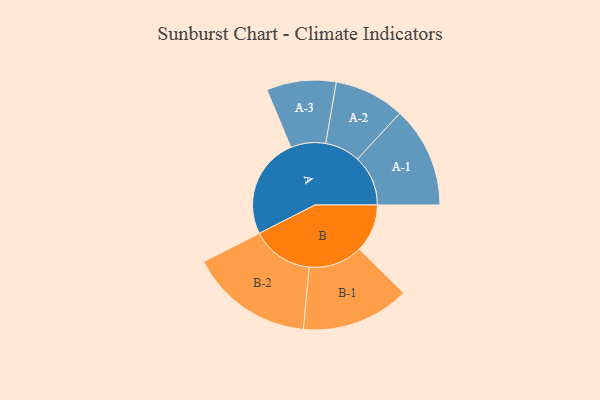
{"axis": {"x": "Segment", "y": "Value"}, "legend": ["", "A", "B"], "data": [{"x": "A", "y": 461, "type": ""}, {"x": "B", "y": 219, "type": ""}, {"x": "A-1", "y": 231, "type": "A"}, {"x": "A-2", "y": 161, "type": "A"}, {"x": "A-3", "y": 159, "type": "A"}, {"x": "B-1", "y": 247, "type": "B"}, {"x": "B-2", "y": 282, "type": "B"}]}